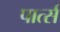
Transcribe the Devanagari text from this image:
पार्त्स